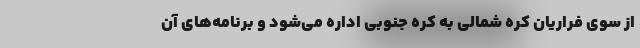
از سوی فراریان کره شمالی به کره جنوبی اداره می‌شود و برنامه‌های آن